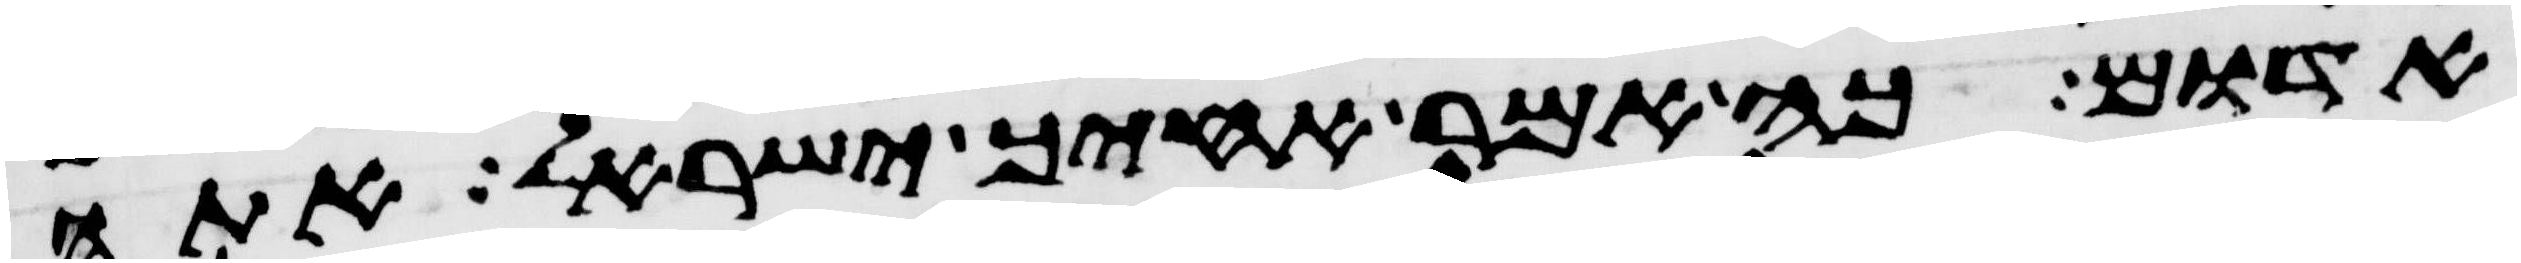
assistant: אדום כה אמר אחיך ישראל אתה